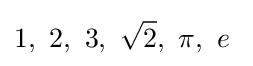
1,\ 2,\ 3,\ {\sqrt {2}},\ \pi ,\ e\